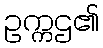
ဥက္ကဌ၏